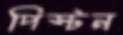
পিস্টন